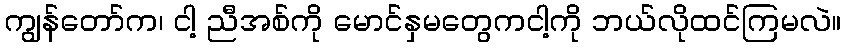
ကျွန်တော်က၊ ငါ့ ညီအစ်ကို မောင်နှမတွေကငါ့ကို ဘယ်လိုထင်ကြမလဲ။